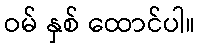
ဝမ် နှစ် ထောင်ပါ။